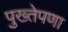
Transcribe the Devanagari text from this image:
पुख्तेपणा